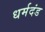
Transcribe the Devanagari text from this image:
धर्मदंड